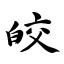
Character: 皎